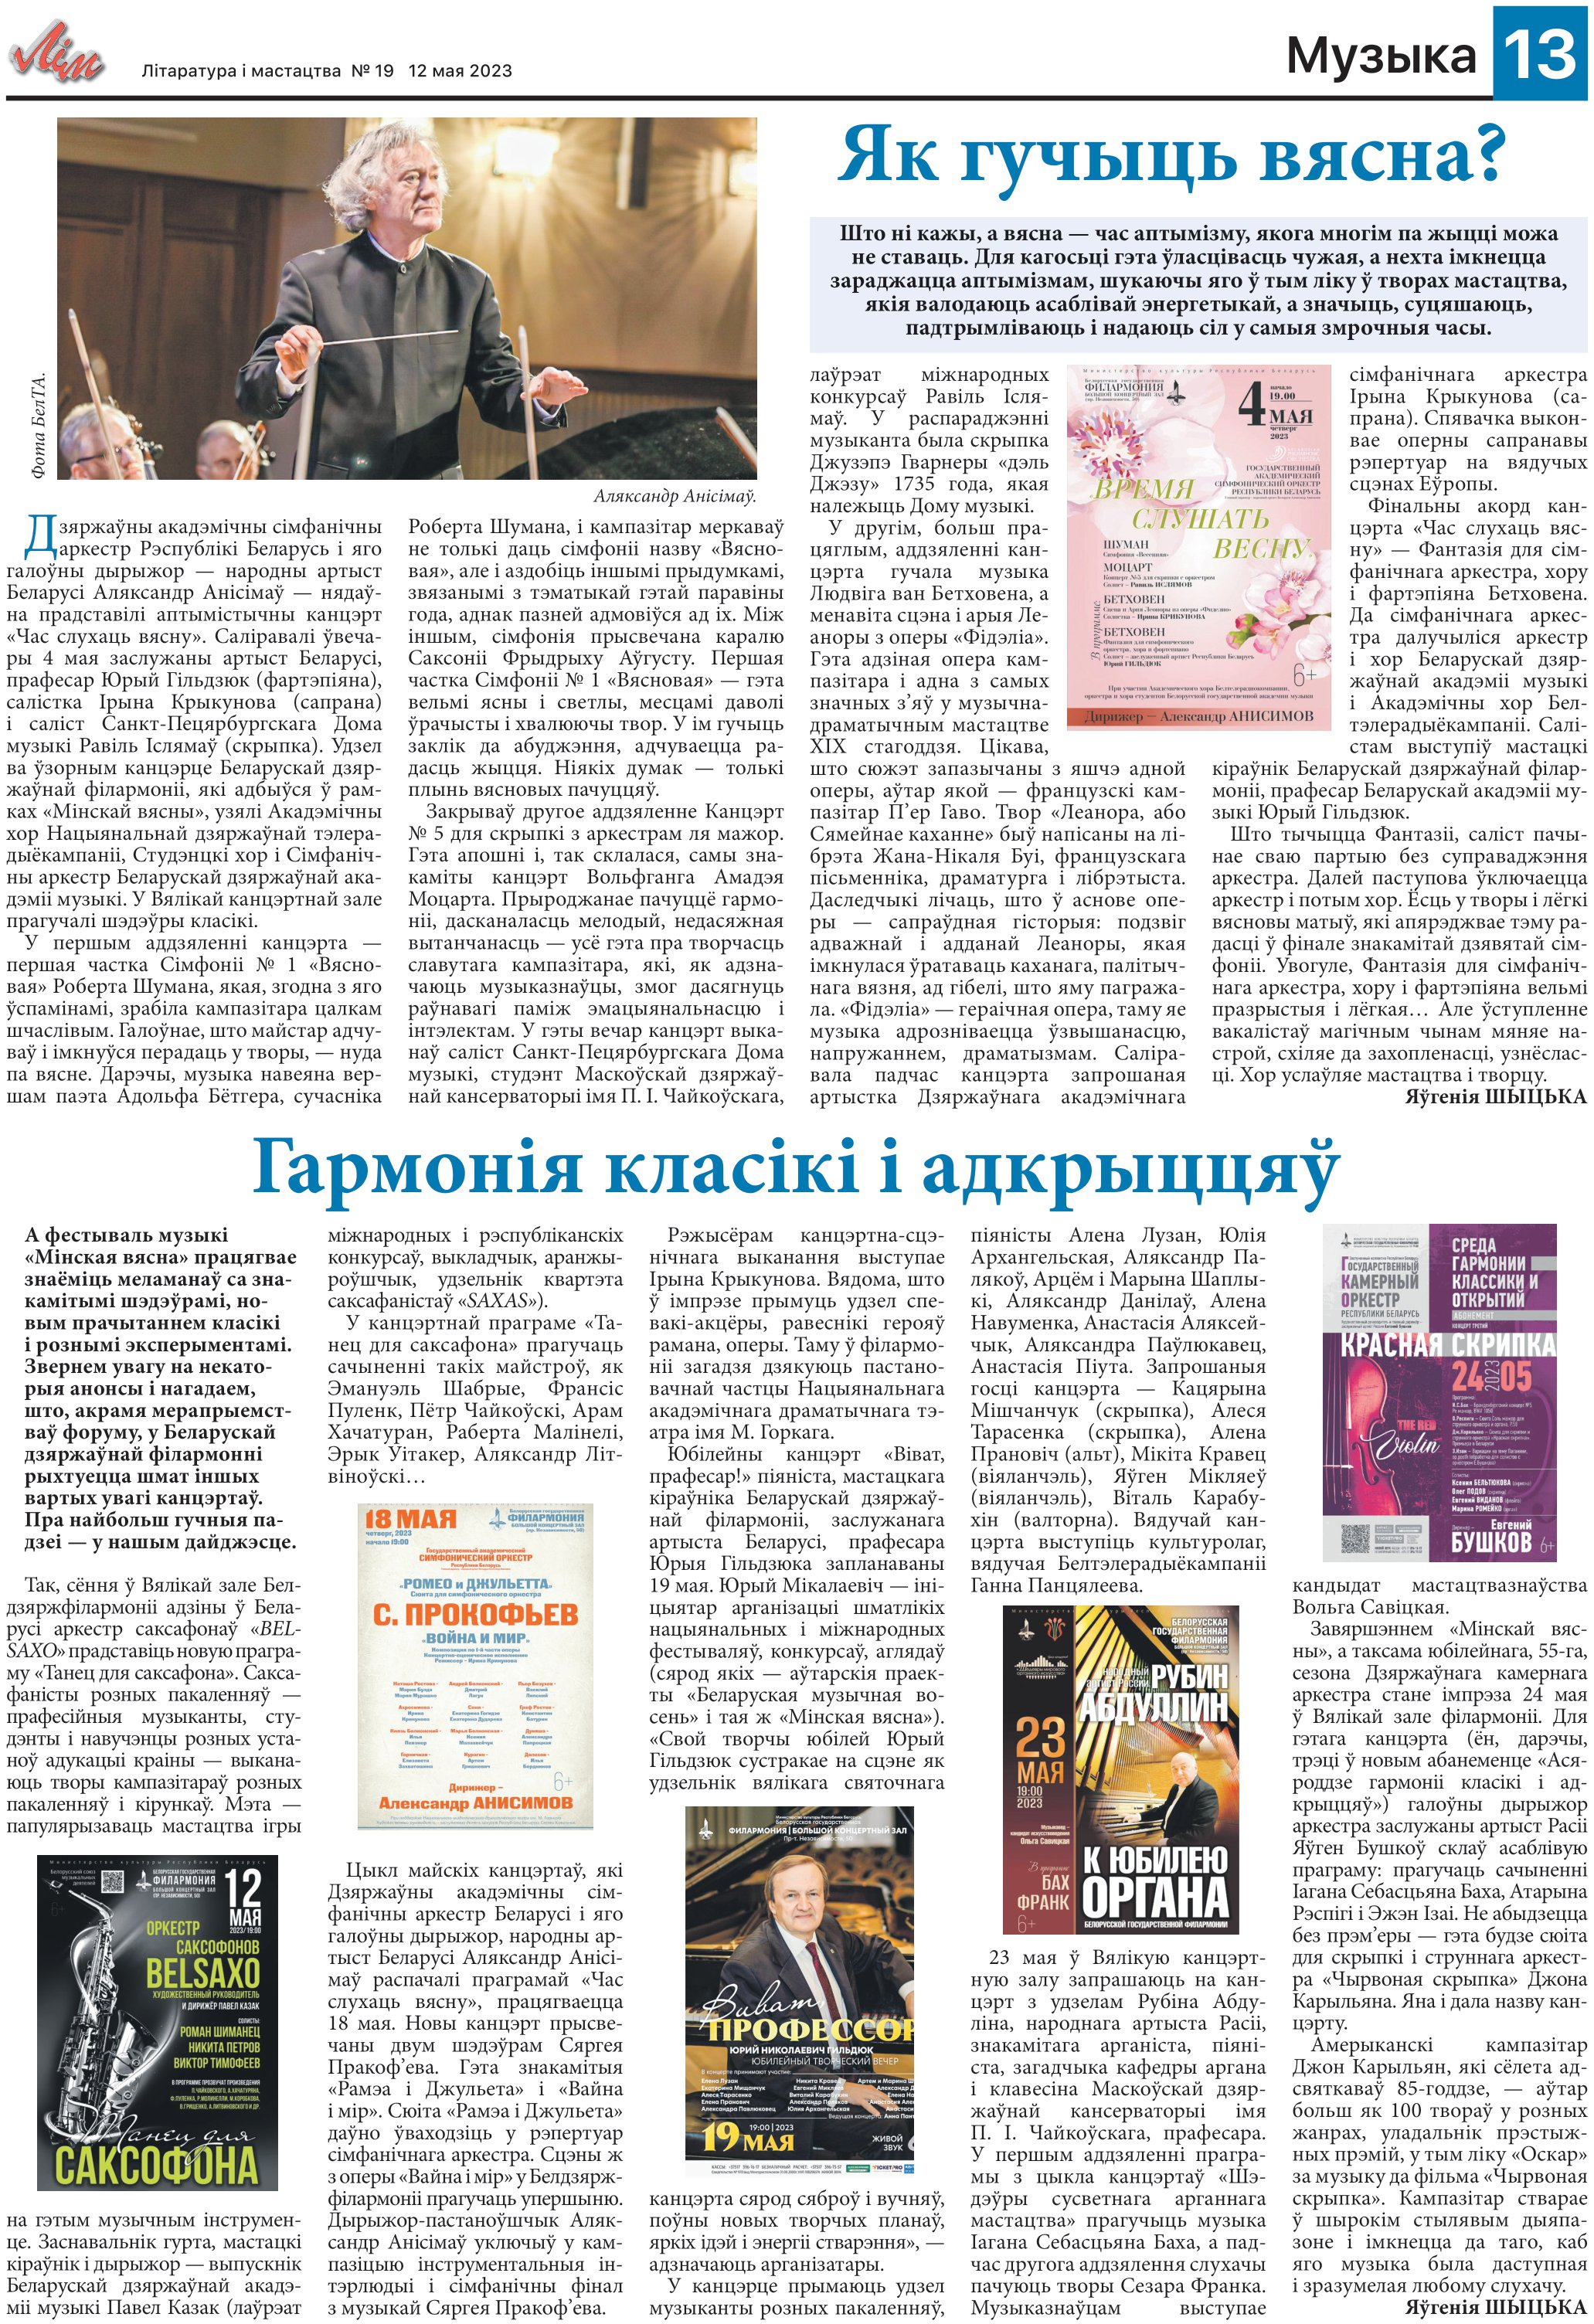
Language: be